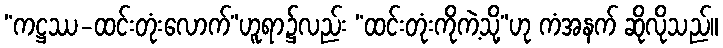
“ကဋ္ဌဿ-ထင်းတုံးလောက်”ဟူရာ၌လည်း “ထင်းတုံးကိုကဲ့သို့”ဟု ကံအနက် ဆိုလိုသည်။